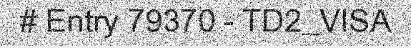
# Entry 79370 - TD2_VISA